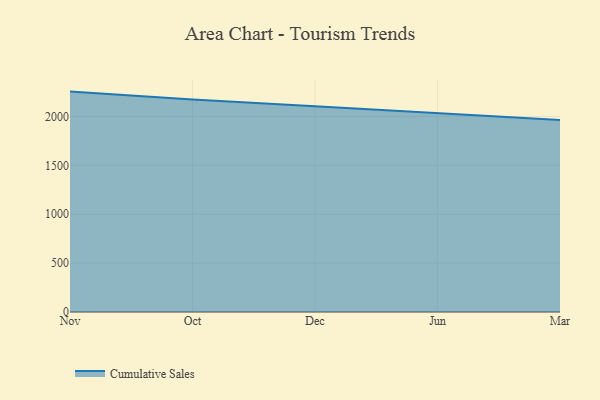
{"axis": {"x": "Month", "y": "Budget (USD K)"}, "legend": ["Cumulative Sales"], "data": [{"x": "Nov", "y": 2254.0, "type": "Cumulative Sales"}, {"x": "Oct", "y": 2173.1, "type": "Cumulative Sales"}, {"x": "Dec", "y": 2105.2, "type": "Cumulative Sales"}, {"x": "Jun", "y": 2037.5, "type": "Cumulative Sales"}, {"x": "Mar", "y": 1963.8, "type": "Cumulative Sales"}]}